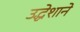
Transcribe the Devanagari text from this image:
उद्धेशाने